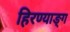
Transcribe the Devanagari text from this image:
हिरण्याङ्ग